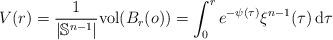
LaTeX: \begin{align*}V(r) = \frac{1}{|\mathbb{S}^{n-1}|}{\rm vol} (B_r(o)) =\int_0^r e^{-\psi(\tau)}\xi^{n-1}(\tau) \, {\rm d}\tau\end{align*}